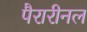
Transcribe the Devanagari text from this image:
पैरारीनल